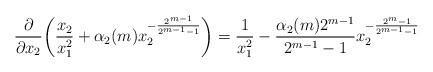
LaTeX: \begin{align*}\frac\partial{\partial x_2}\bigg(\frac{x_2}{x_1^2}+\alpha_2(m)x_2^{-\frac{2^{m-1}}{2^{m-1}-1}}\bigg)=\frac1{x_1^2}-\frac{\alpha_2(m)2^{m-1}}{2^{m-1}-1}x_2^{-\frac{2^m-1}{2^{m-1}-1}}\end{align*}